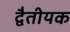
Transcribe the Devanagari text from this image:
द्वैतीयक